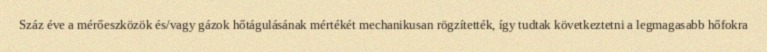
Száz éve a mérőeszközök és/vagy gázok hőtágulásának mértékét mechanikusan rögzítették, így tudtak következtetni a legmagasabb hőfokra